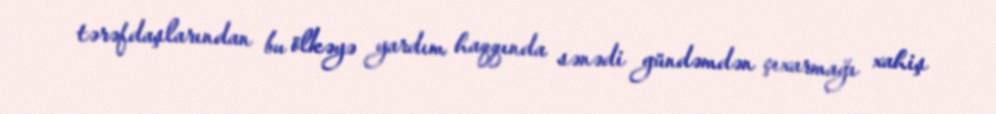
tərəfdaşlarından bu ölkəyə yardım haqqında sənədi gündəmdən çıxarmağı xahiş